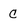
Character: C